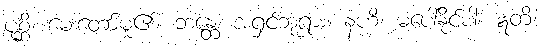
ပုစ္ဆိ၊ မေးတော်မူ၏။ ဘန္တေ၊ အရှင်ဘုရား။ နဟိ၊ မပေါ်နိုင်ပါ။ ဣတိ၊